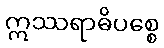
ဣဿရာဓိပစ္စေ